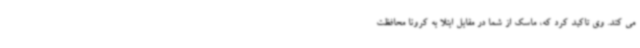
می کند. وی تاکید کرد که، ماسک از شما در مقابل ابتلا به کرونا محافظت